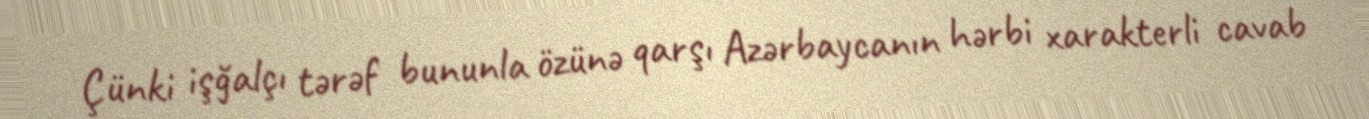
Çünki işğalçı tərəf bununla özünə qarşı Azərbaycanın hərbi xarakterli cavab